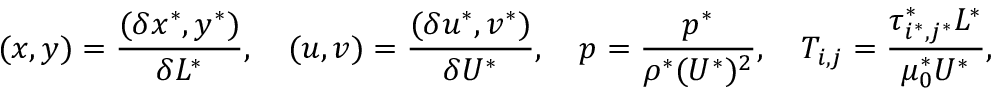
( x , y ) = \frac { ( \delta x ^ { * } , y ^ { * } ) } { \delta L ^ { * } } , \quad ( u , v ) = \frac { ( \delta u ^ { * } , v ^ { * } ) } { \delta U ^ { * } } , \quad p = \frac { p ^ { * } } { \rho ^ { * } ( U ^ { * } ) ^ { 2 } } , \quad T _ { i , j } = \frac { \tau _ { i ^ { * } , j ^ { * } } ^ { * } L ^ { * } } { \mu _ { 0 } ^ { * } U ^ { * } } ,